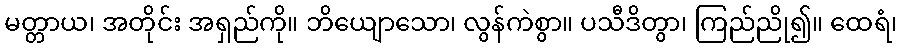
မတ္တာယ၊ အတိုင်း အရှည်ကို။ ဘိယျောသော၊ လွန်ကဲစွာ။ ပသီဒိတွာ၊ ကြည်ညို၍။ ထေရံ၊